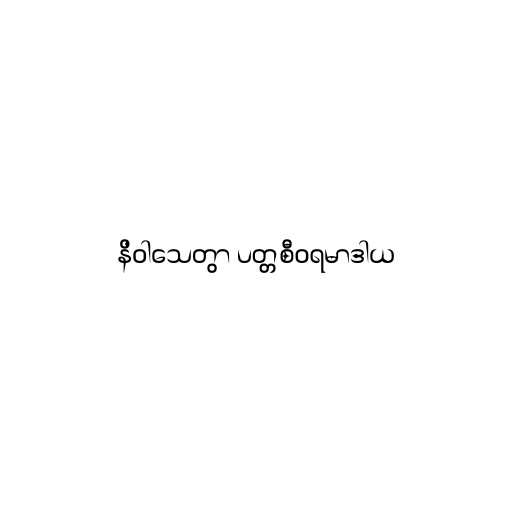
နိဝါသေတွာ ပတ္တစီဝရမာဒါယ